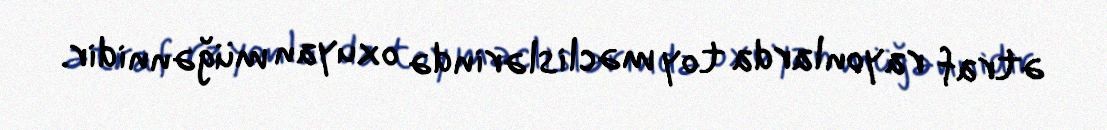
ətraf rayonlarda toy məclislərində oxuyan müğənnidir.